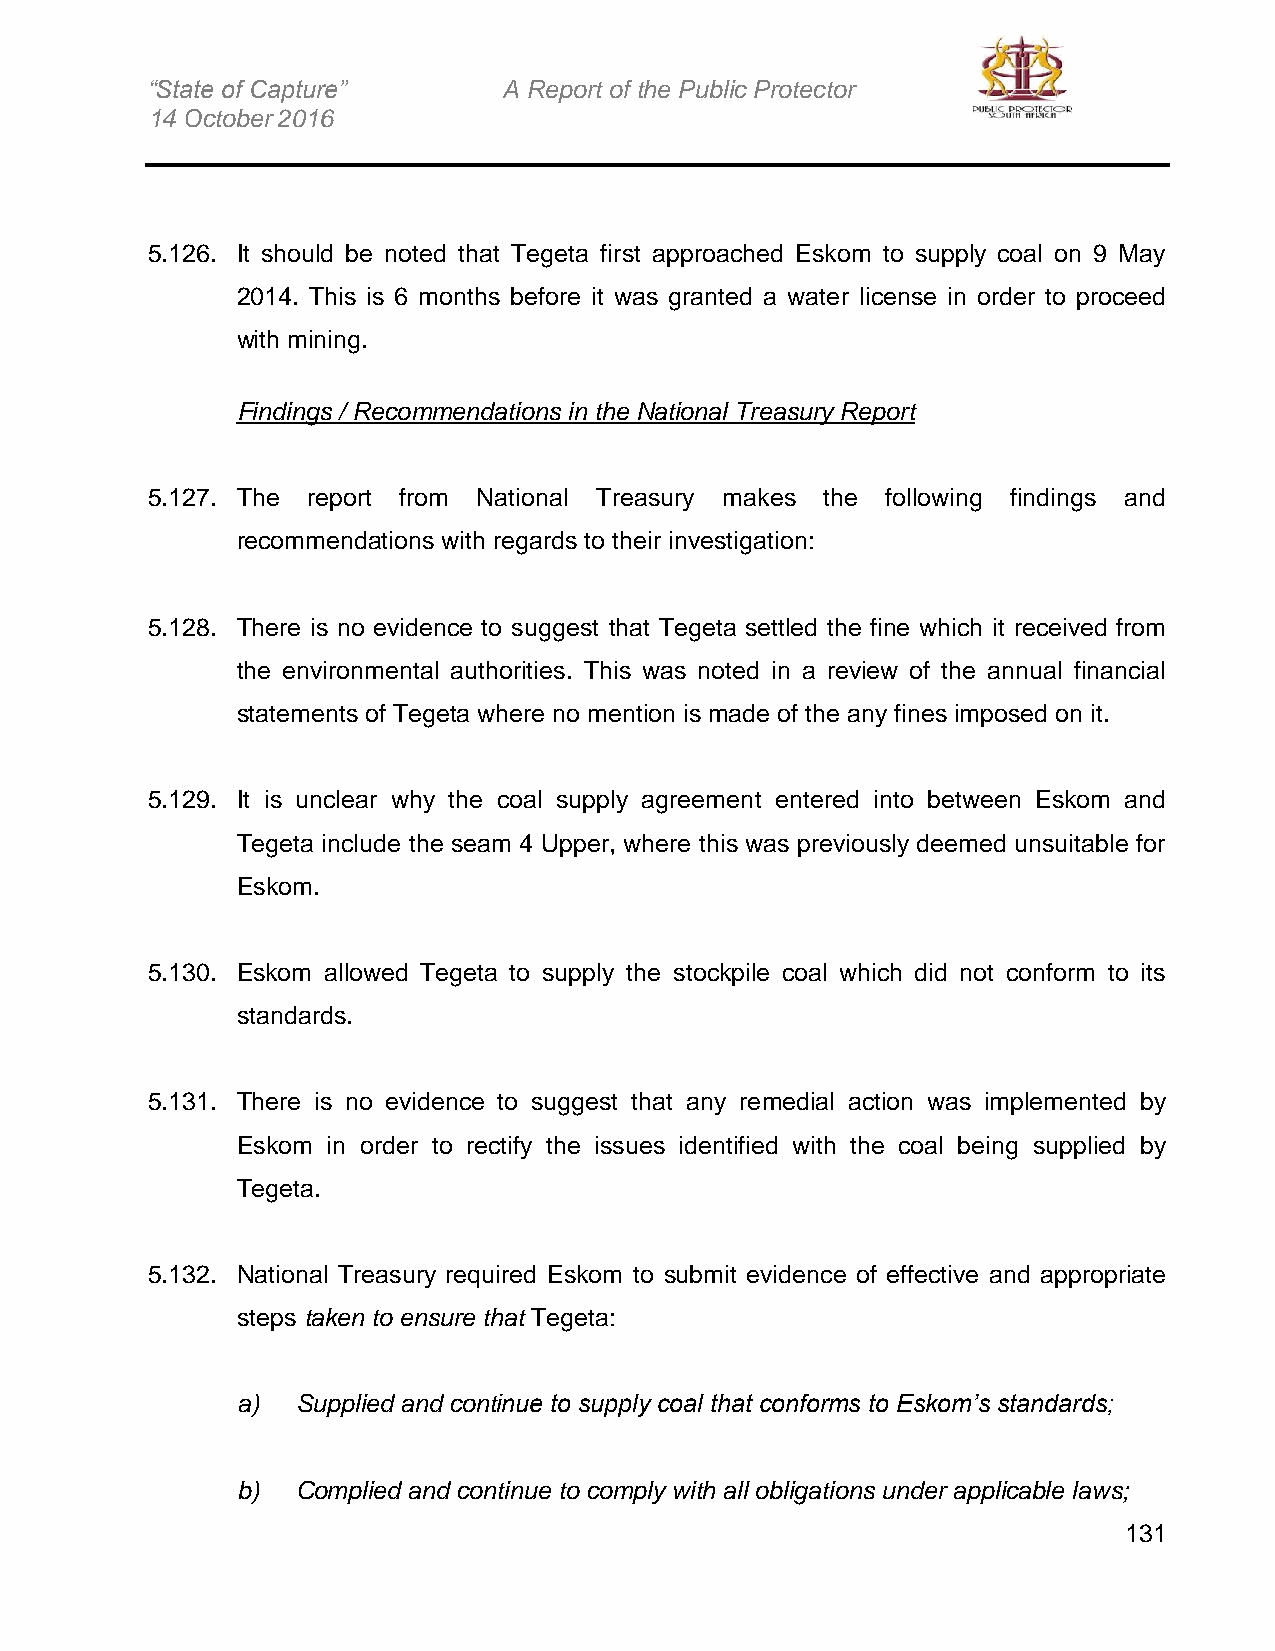
“State of Capture”     A Report of the Public Protector
 14 October 2016
 5.126. It should be noted that Tegeta first approached Eskom to supply coal on 9 May
 2014. This is 6 months before it was granted a water license in order to proceed
 with mining.
 Findings / Recommendations in the National Treasury Report
 5.127. The report from National Treasury makes the following findings and
 recommendations with regards to their investigation:
 5.128. There is no evidence to suggest that Tegeta settled the fine which it received from
 the environmental authorities. This was noted in a review of the annual financial
 statements of Tegeta where no mention is made of the any fines imposed on it.
 5.129. It is unclear why the coal supply agreement entered into between Eskom and
 Tegeta include the seam 4 Upper, where this was previously deemed unsuitable for
 Eskom.
 5.130. Eskom allowed Tegeta to supply the stockpile coal which did not conform to its
 standards.
 5.131. There is no evidence to suggest that any remedial action was implemented by
 Eskom in order to rectify the issues identified with the coal being supplied by
 Tegeta.
 5.132. National Treasury required Eskom to submit evidence of effective and appropriate
 steps taken to ensure that Tegeta:
 a)  Supplied and continue to supply coal that conforms to Eskom’s standards;
 b)  Complied and continue to comply with all obligations under applicable laws;
 131